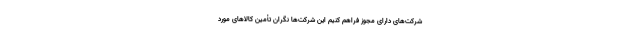
شرکت‌های دارای مجوز فراهم کنیم این شرکت‌ها نگران تأمین کالاهای مورد